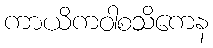
ကာယိကဝါစသိကေန